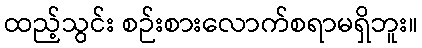
ထည့်သွင်း စဉ်းစားလောက်စရာမရှိဘူး။